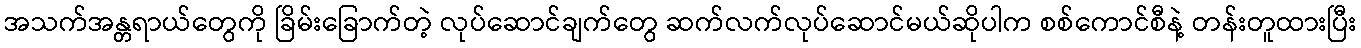
အသက်အန္တရာယ်တွေကို ခြိမ်းခြောက်တဲ့ လုပ်ဆောင်ချက်တွေ ဆက်လက်လုပ်ဆောင်မယ်ဆိုပါက စစ်ကောင်စီနဲ့ တန်းတူထားပြီး